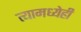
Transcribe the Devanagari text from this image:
त्यामध्येही